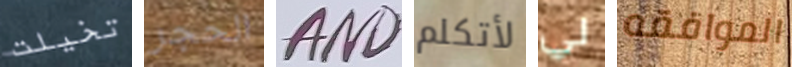
تخيلت الحجر AND لأتكلم لي الموافقه